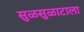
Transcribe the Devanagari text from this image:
सुळसुळाटाला